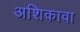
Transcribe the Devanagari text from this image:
अशिकावा